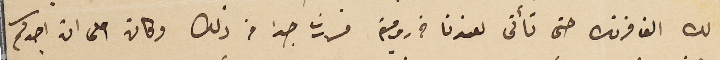
لك الف فرنك حتى تأئى لعندنا فى رومية فسررت جدا من ذلك وكان احلى ان اجدكم